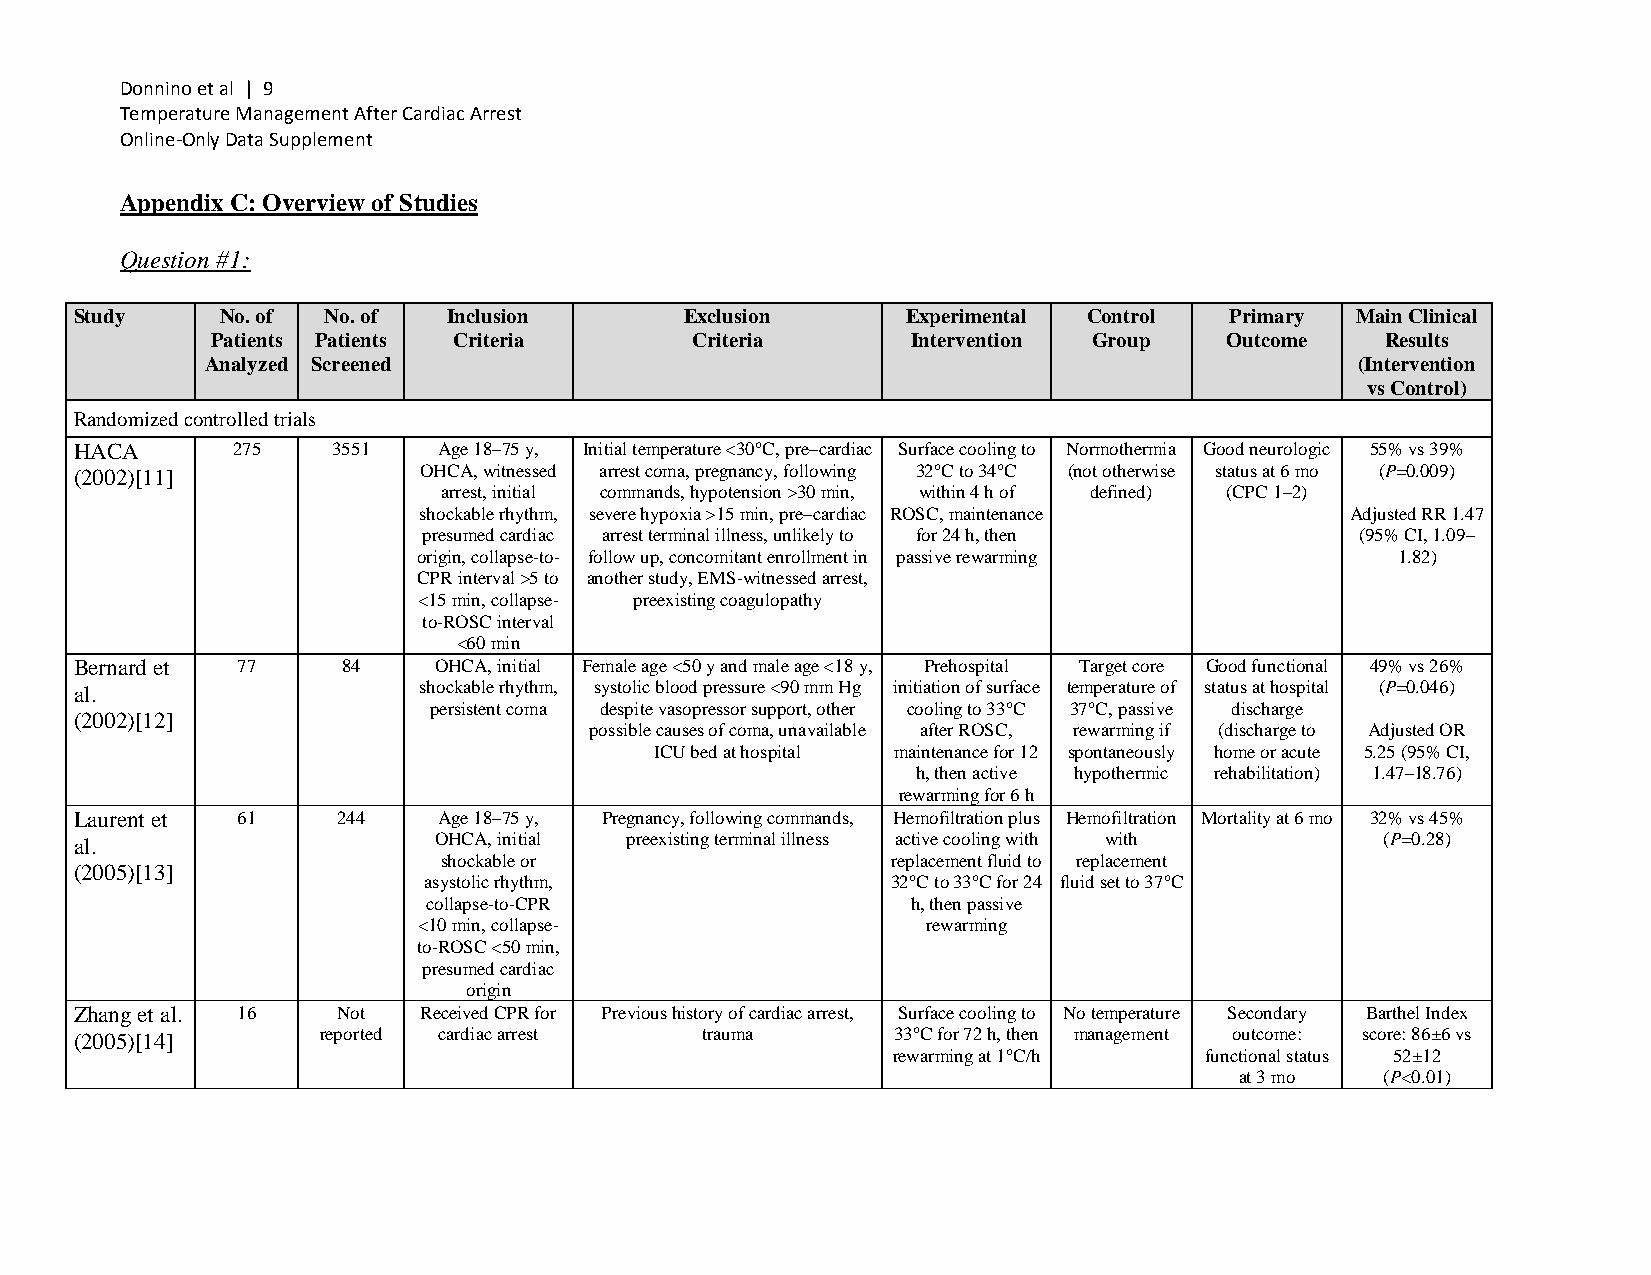
Donnino et al | 9
 Temperature Management After Cardiac Arrest
 Online-Only Data Supplement
 Appendix C: Overview of Studies
 Question #1:
 Study     No. of No. of  Inclusion      Exclusion      Experimental Control Primary  Main Clinical
 Patients Patients Criteria      Criteria      Intervention Group   Outcome    Results
 Analyzed Screened                                                           (Intervention
 vs Control)
 Randomized controlled trials
 HACA      275    3551   Age 18–75 y, Initial temperature <30°C, pre–cardiac Surface cooling to Normothermia Good neurologic 55% vs 39%
 (2002)[11]             OHCA, witnessed arrest coma, pregnancy, following 32°C to 34°C (not otherwise status at 6 mo (P=0.009)
 arrest, initial commands, hypotension >30 min, within 4 h of defined) (CPC 1–2)
 shockable rhythm, severe hypoxia >15 min, pre–cardiac ROSC, maintenance Adjusted RR 1.47
 presumed cardiac arrest terminal illness, unlikely to for 24 h, then (95% CI, 1.09–
 origin, collapse-to- follow up, concomitant enrollment in passive rewarming 1.82)
 CPR interval >5 to another study, EMS-witnessed arrest,
 <15 min, collapse- preexisting coagulopathy
 to-ROSC interval
 <60 min
 Bernard et 77     84    OHCA, initial Female age <50 y and male age <18 y, Prehospital Target core Good functional 49% vs 26%
 al.                    shockable rhythm, systolic blood pressure <90 mm Hg initiation of surface temperature of status at hospital (P=0.046)
 persistent coma despite vasopressor support, other cooling to 33°C 37°C, passive discharge
 (2002)[12]
 possible causes of coma, unavailable after ROSC, rewarming if (discharge to Adjusted OR
 ICU bed at hospital maintenance for 12 spontaneously home or acute 5.25 (95% CI,
 h, then active hypothermic rehabilitation) 1.47–18.76)
 rewarming for 6 h
 Laurent et 61    244    Age 18–75 y, Pregnancy, following commands, Hemofiltration plus Hemofiltration Mortality at 6 mo 32% vs 45%
 al.                     OHCA, initial preexisting terminal illness active cooling with with (P=0.28)
 shockable or                  replacement fluid to replacement
 (2005)[13]
 asystolic rhythm,              32°C to 33°C for 24 fluid set to 37°C
 collapse-to-CPR                 h, then passive
 <10 min, collapse-               rewarming
 to-ROSC <50 min,
 presumed cardiac
 origin
 Zhang et al. 16  Not   Received CPR for Previous history of cardiac arrest, Surface cooling to No temperature Secondary Barthel Index
 (2005)[14]      reported cardiac arrest  trauma       33°C for 72 h, then management outcome: score: 86±6 vs
 rewarming at 1°C/h   functional status 52±12
 at 3 mo   (P<0.01)